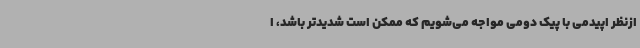
ازنظر اپیدمی با پیک دومی مواجه می‌شویم که ممکن است شدیدتر باشد، ا